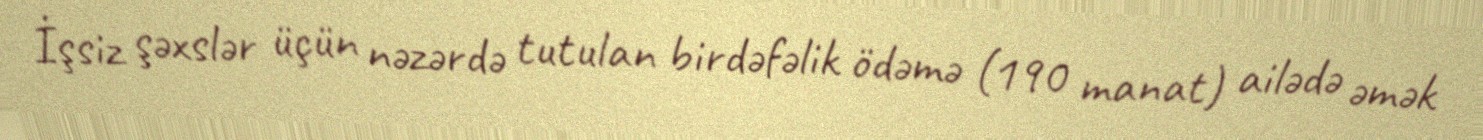
İşsiz şəxslər üçün nəzərdə tutulan birdəfəlik ödəmə (190 manat) ailədə əmək